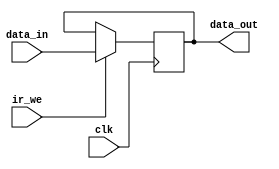
`timescale 1ns / 1ps
//////////////////////////////////////////////////////////////////////////////////
// Company: 
// Engineer: 
// 
// Design Name: 
// Module Name:    ir 
// Project Name: 
// Target Devices: 
// Tool versions: 
// Description: 
//
// Dependencies: 
//
// Revision: 
// Revision 0.01 - File Created
// Additional Comments: 
//
//////////////////////////////////////////////////////////////////////////////////
module ir(data_in, clk, ir_we, data_out);
  input clk, ir_we;
  input [31:0] data_in;
  output reg[31:0] data_out;
  always @(posedge clk) begin 
    if (ir_we)
	 begin
        data_out = data_in;
     end
  end
endmodule